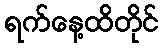
ရက်နေ့ထိတိုင်